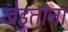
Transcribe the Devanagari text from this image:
खेडुतांना